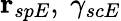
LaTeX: \mathbf{r}_{spE},\ \gamma_{scE}